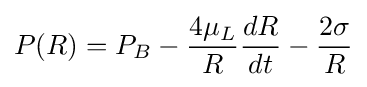
P(R)=P_{B}-{\frac {4\mu _{L}}{R}}{\frac {dR}{dt}}-{\frac {2\sigma }{R}}